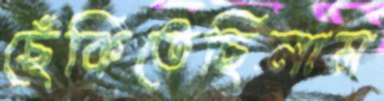
ছেঁকিতেছিলাম